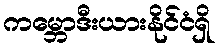
ကမ္ဘောဒီးယားနိုင်ငံရှိ